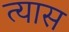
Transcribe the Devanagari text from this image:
त्‍यास